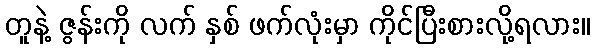
တူနဲ့ ဇွန်းကို လက် နှစ် ဖက်လုံးမှာ ကိုင်ပြီးစားလို့ရလား။